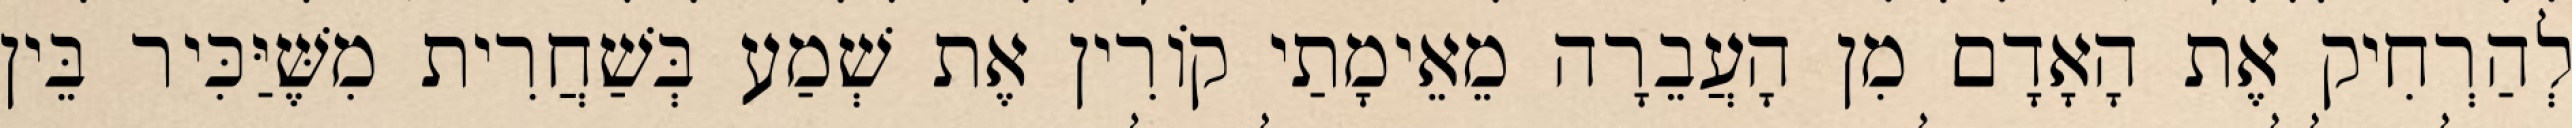
לְהַרְחִיק אֶת הָאָדָם מִן הָעֲבֵרָה מֵאֵימָתַי קוֹרִין אֶת שְׁמַע בְּשַׁחֲרִית מִשֶּׁיַּכִּיר בֵּין